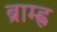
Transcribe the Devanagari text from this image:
ब्राम्ह्ण